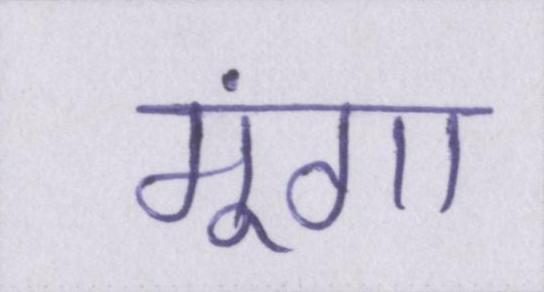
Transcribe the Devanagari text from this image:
मूंगा